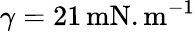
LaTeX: \gamma=21\, \mathrm{mN.m^{-1}}